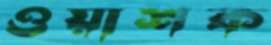
ওয়াশক